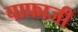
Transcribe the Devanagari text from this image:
चाफाजी